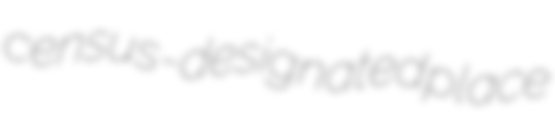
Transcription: census-designated place